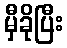
မှီခိုပြီး